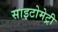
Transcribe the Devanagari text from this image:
साइटोमेट्री